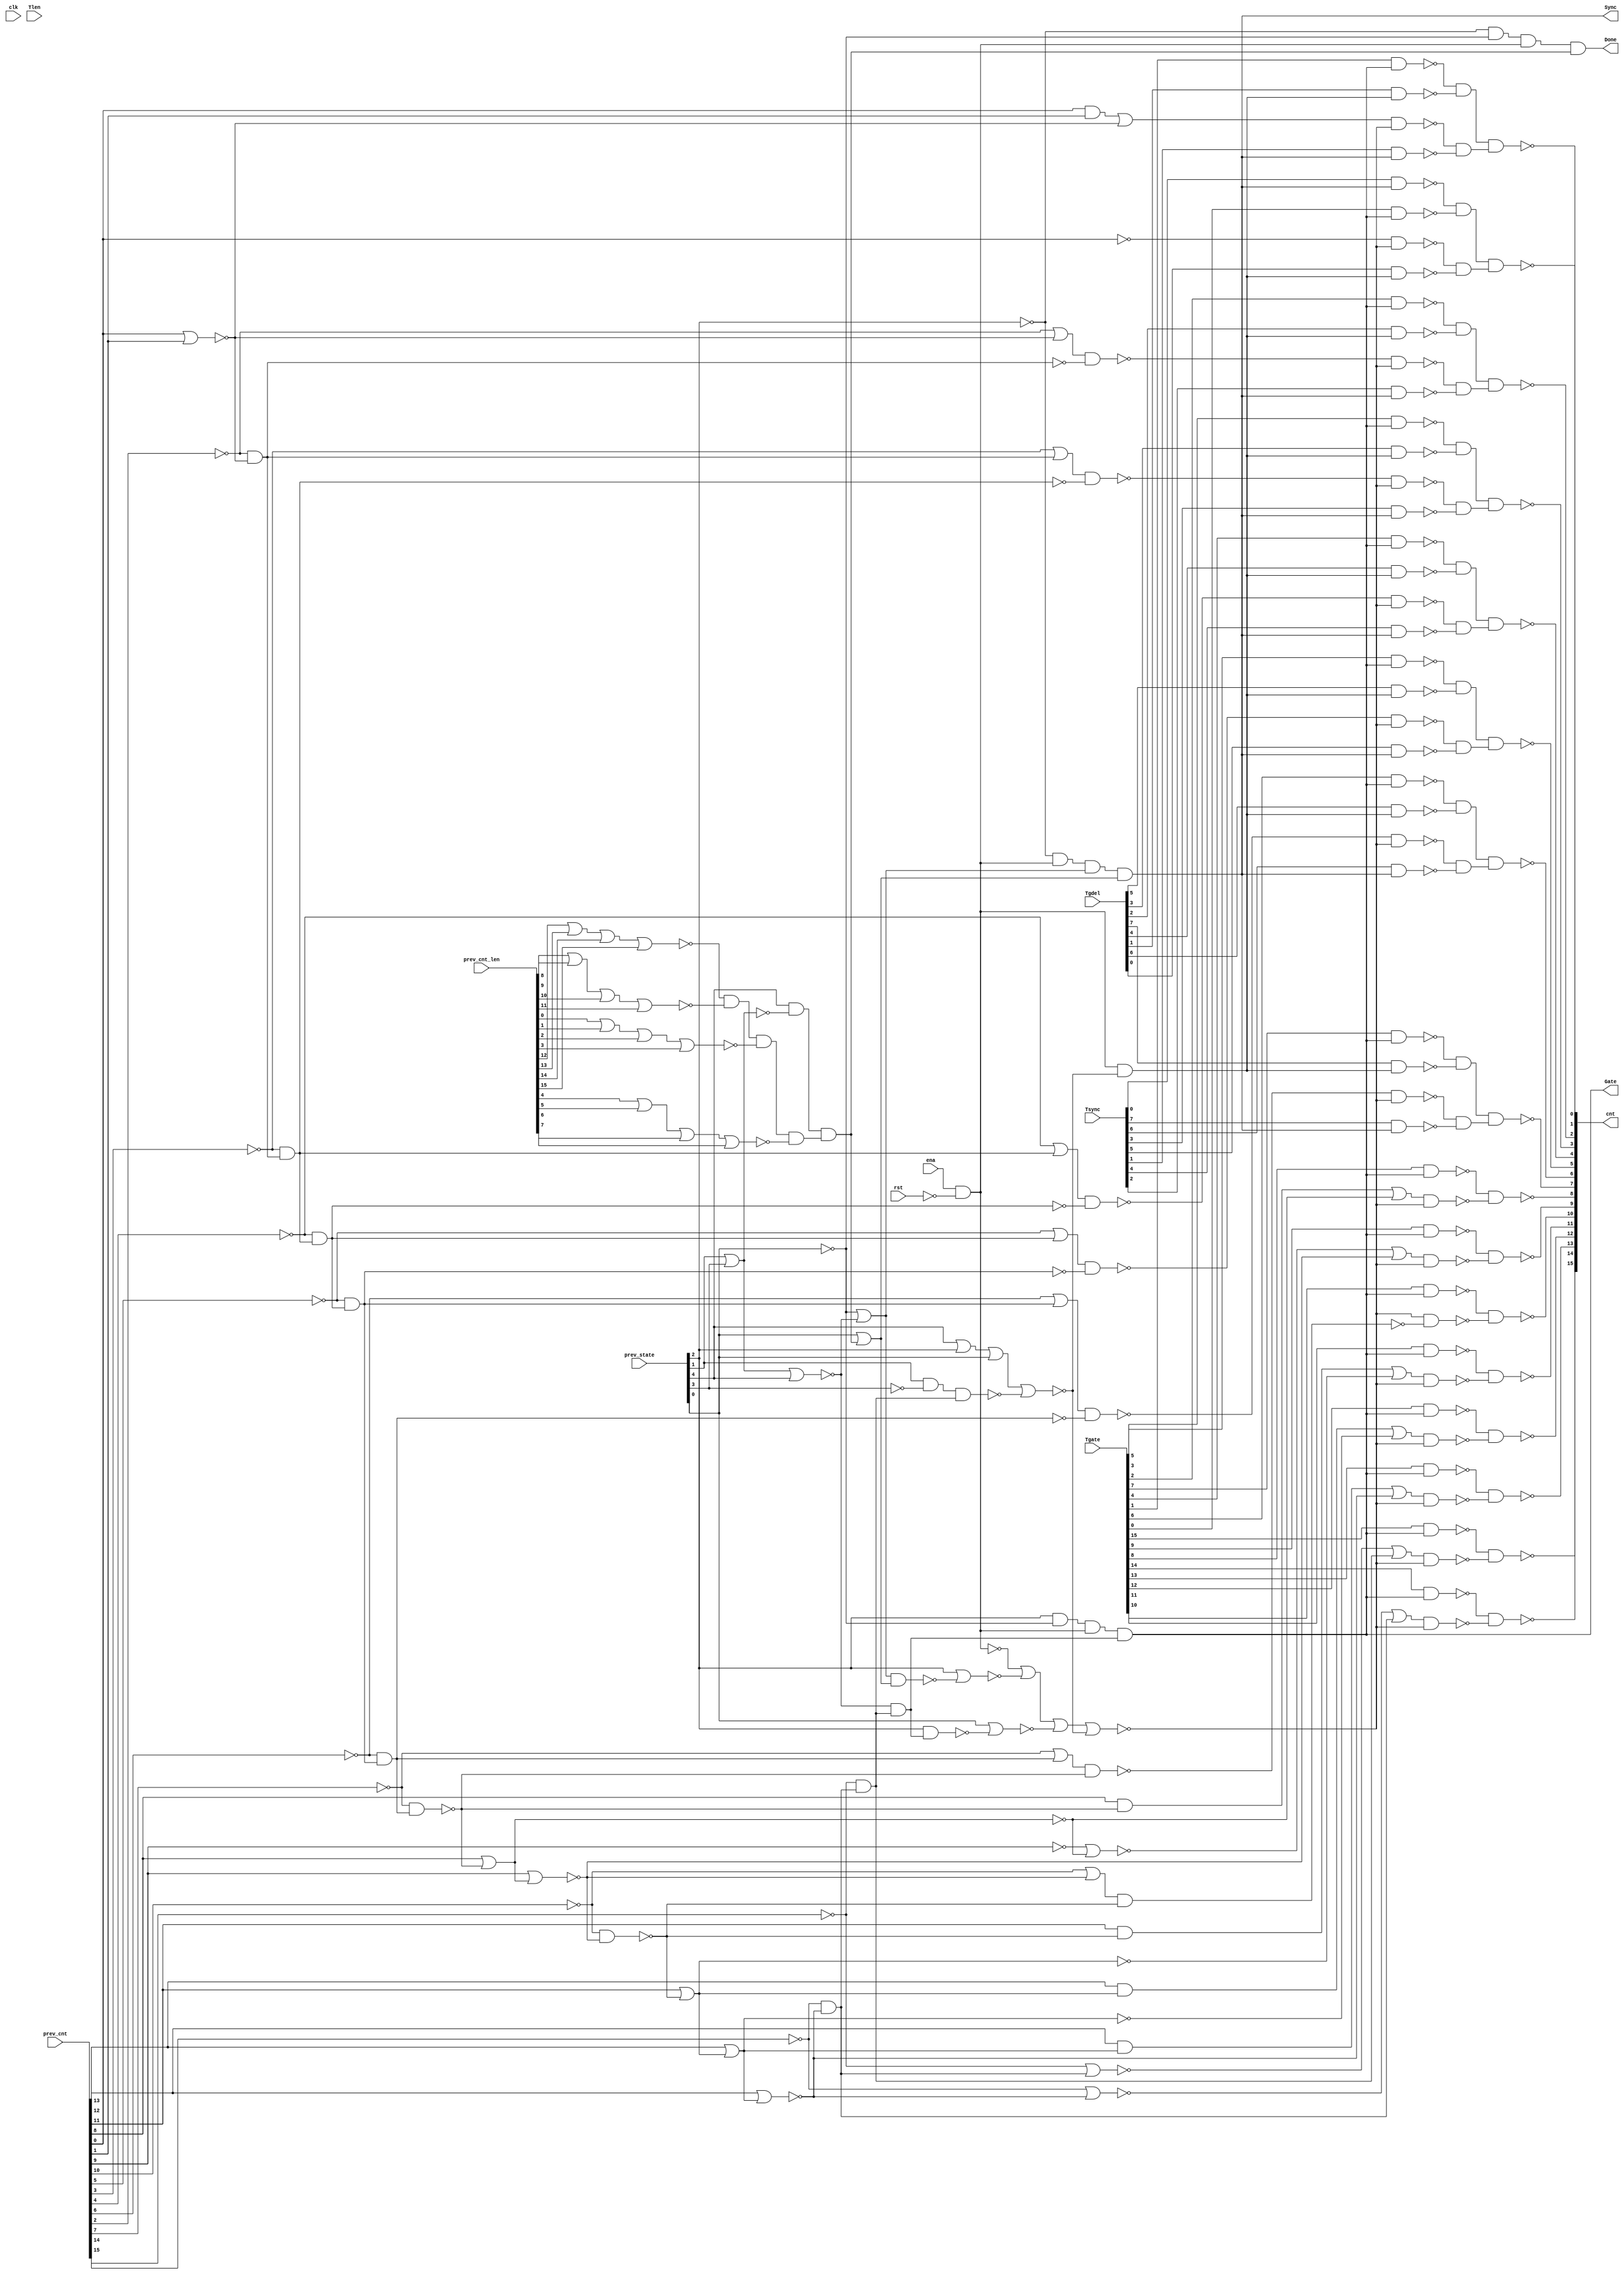

// Generated by Cadence Genus(TM) Synthesis Solution 19.20-d227_1
// Generated on: Aug  3 2021 02:37:09 PDT (Aug  3 2021 09:37:09 UTC)

// Verification Directory fv/top 

module top(clk, ena, rst, Tsync, Tgdel, Tgate, Tlen, Sync, Gate, Done,
     prev_state, prev_cnt, prev_cnt_len, cnt);
  input clk, ena, rst;
  input [7:0] Tsync, Tgdel;
  input [15:0] Tgate, Tlen, prev_cnt, prev_cnt_len;
  input [4:0] prev_state;
  output Sync, Gate, Done;
  output [15:0] cnt;
  wire clk, ena, rst;
  wire [7:0] Tsync, Tgdel;
  wire [15:0] Tgate, Tlen, prev_cnt, prev_cnt_len;
  wire [4:0] prev_state;
  wire Sync, Gate, Done;
  wire [15:0] cnt;
  wire n_0, n_1, n_2, n_3, n_4, n_5, n_6, n_7;
  wire n_8, n_9, n_10, n_11, n_12, n_13, n_14, n_15;
  wire n_16, n_17, n_18, n_19, n_20, n_21, n_22, n_23;
  wire n_24, n_25, n_26, n_27, n_28, n_29, n_30, n_31;
  wire n_32, n_33, n_34, n_35, n_36, n_37, n_38, n_39;
  wire n_40, n_41, n_42, n_43, n_44, n_45, n_46, n_47;
  wire n_48, n_49, n_50, n_51, n_54, n_55, n_56, n_57;
  wire n_58, n_59, n_60, n_61, n_62, n_63, n_64, n_65;
  wire n_66, n_67, n_68, n_69, n_70, n_71, n_72, n_73;
  wire n_74, n_75, n_76, n_77, n_78, n_79, n_80, n_81;
  wire n_82, n_83, n_84, n_85, n_86, n_87, n_88, n_89;
  wire n_90, n_91, n_92, n_93, n_94, n_95, n_96, n_98;
  wire n_99, n_100, n_101, n_102, n_103, n_104, n_105, n_106;
  wire n_107, n_108, n_109, n_110, n_111, n_112, n_113, n_114;
  wire n_115, n_116, n_117, n_118, n_119, n_120, n_121, n_122;
  wire n_123, n_124, n_125, n_126, n_444, n_445;
  nand g7196 (n_126, n_92, n_105);
  nand g7197 (n_125, n_84, n_108);
  nand g7198 (n_124, n_87, n_110);
  nand g7199 (n_123, n_86, n_103);
  nand g7200 (n_122, n_85, n_104);
  nand g7201 (n_121, n_88, n_102);
  nand g7202 (n_120, n_89, n_106);
  nand g7203 (n_119, n_83, n_101);
  nand g7204 (n_118, n_77, n_96);
  nand g7207 (n_117, n_78, n_95);
  nand g7210 (n_116, n_75, n_99);
  nand g7211 (n_115, n_74, n_445);
  nand g7205 (n_114, n_80, n_94);
  nand g7208 (n_113, n_82, n_100);
  nand g7206 (n_112, n_81, n_93);
  nand g7209 (n_111, n_76, n_98);
  wire w, w0;
  and g7216 (n_110, w, w0);
  nand g0 (w0, Tsync[7], n_109);
  nand g (w, n_45, n_107);
  wire w1, w2;
  and g7213 (n_108, w1, w2);
  nand g4 (w2, Tsync[6], n_109);
  nand g1 (w1, n_41, n_107);
  wire w3, w4;
  and g7212 (n_106, w3, w4);
  nand g6 (w4, Tsync[3], n_109);
  nand g5 (w3, n_21, n_107);
  wire w5, w6;
  and g7214 (n_105, w5, w6);
  nand g8 (w6, Tsync[5], n_109);
  nand g7 (w5, n_37, n_107);
  wire w7, w8;
  and g7218 (n_104, w7, w8);
  nand g10 (w8, Tsync[1], n_109);
  nand g9 (w7, n_14, n_107);
  wire w9, w10;
  and g7215 (n_103, w9, w10);
  nand g12 (w10, Tsync[4], n_109);
  nand g11 (w9, n_29, n_107);
  wire w11, w12;
  and g7217 (n_102, w11, w12);
  nand g14 (w12, Tsync[2], n_109);
  nand g13 (w11, n_16, n_107);
  wire w13, w14;
  and g7219 (n_101, w13, w14);
  nand g16 (w14, Tgdel[0], n_90);
  nand g15 (w13, n_0, n_107);
  wire w15;
  nand g7221 (n_100, w15, n_107);
  or g17 (w15, n_67, n_69);
  wire w16;
  nand g7231 (n_99, w16, n_107);
  or g18 (w16, n_55, n_56);
  wire w17;
  nand g7220 (n_98, w17, n_107);
  or g19 (w17, n_58, n_59);
  wire w18;
  nand g7225 (n_96, w18, n_107);
  or g20 (w18, n_61, n_64);
  wire w19;
  nand g7224 (n_95, w19, n_107);
  or g21 (w19, n_63, n_66);
  wire w20;
  nand g7223 (n_94, w20, n_107);
  or g22 (w20, n_46, n_48);
  wire w21;
  nand g7226 (n_93, w21, n_107);
  or g23 (w21, n_49, n_51);
  wire w22, w23;
  and g7230 (n_92, w22, w23);
  nand g25 (w23, Tgdel[5], n_90);
  nand g24 (w22, Tgate[5], n_91);
  wire w24, w25;
  and g7232 (n_89, w24, w25);
  nand g27 (w25, Tgdel[3], n_90);
  nand g26 (w24, Tgate[3], n_91);
  wire w26, w27;
  and g7233 (n_88, w26, w27);
  nand g29 (w27, Tgdel[2], n_90);
  nand g28 (w26, Tgate[2], n_91);
  wire w28, w29;
  and g7228 (n_87, w28, w29);
  nand g31 (w29, Tgdel[7], n_90);
  nand g30 (w28, Tgate[7], n_91);
  wire w30, w31;
  and g7227 (n_86, w30, w31);
  nand g33 (w31, Tgdel[4], n_90);
  nand g32 (w30, Tgate[4], n_91);
  wire w32, w33;
  and g7234 (n_85, w32, w33);
  nand g35 (w33, Tgdel[1], n_90);
  nand g34 (w32, Tgate[1], n_91);
  wire w34, w35;
  and g7229 (n_84, w34, w35);
  nand g37 (w35, Tgdel[6], n_90);
  nand g36 (w34, Tgate[6], n_91);
  nor g7235 (n_107, n_9, n_36, n_73, n_79);
  wire w36, w37;
  and g7236 (n_83, w36, w37);
  nand g39 (w37, Tgate[0], n_91);
  nand g38 (w36, Tsync[0], n_109);
  nand g7239 (n_82, Tgate[15], n_91);
  nand g7238 (n_81, Tgate[9], n_91);
  nand g7237 (n_80, Tgate[8], n_91);
  and g7240 (n_90, n_72, n_79);
  nand g7243 (n_78, Tgate[14], n_91);
  nand g7242 (n_77, Tgate[13], n_91);
  nand g7241 (n_76, Tgate[12], n_91);
  nand g7244 (n_75, Tgate[11], n_91);
  nand g7245 (n_74, Tgate[10], n_91);
  nor g7248 (n_73, prev_state[0], n_71);
  and g7246 (n_91, prev_state[2], n_27, n_72, n_70);
  nor g7247 (n_79, prev_state[4], prev_state[2], prev_state[0], n_68);
  nand g7249 (n_71, prev_state[2], n_70);
  and g7250 (n_70, n_15, n_69);
  nand g7251 (n_68, prev_state[1], n_1, n_69);
  nor g7252 (n_67, n_65, n_66);
  and g7253 (n_69, n_65, n_66);
  and g7255 (n_66, n_62, n_64);
  nor g7254 (n_63, n_62, n_64);
  nor g7256 (n_64, prev_cnt[13], n_60);
  and g7257 (n_61, prev_cnt[13], n_60);
  not g7258 (n_60, n_59);
  and g7260 (n_58, prev_cnt[12], n_57);
  nor g7259 (n_59, prev_cnt[12], n_57);
  not g7261 (n_57, n_56);
  nor g7262 (n_56, prev_cnt[11], n_54);
  and g7263 (n_55, prev_cnt[11], n_54);
  nand g7266 (n_54, n_50, n_51);
  nor g7269 (n_51, prev_cnt[9], n_47);
  nor g7268 (n_49, n_3, n_48);
  not g7272 (n_47, n_48);
  and g7273 (n_46, prev_cnt[8], n_44);
  wire w38;
  nand g7275 (n_45, w38, n_44);
  or g40 (w38, n_42, n_43);
  nor g7274 (n_48, prev_cnt[8], n_44);
  nand g7277 (n_44, n_42, n_43);
  wire w39;
  nand g7279 (n_41, w39, n_40);
  or g41 (w39, n_38, n_39);
  not g7280 (n_43, n_40);
  nand g7281 (n_40, n_38, n_39);
  wire w40;
  nand g7282 (n_37, w40, n_35);
  or g42 (w40, n_33, n_34);
  nor g7271 (n_36, prev_state[2], n_32);
  not g7284 (n_39, n_35);
  nand g7285 (n_35, n_33, n_34);
  and g7267 (n_109, n_26, n_72, n_30, n_31);
  nand g7276 (n_32, n_30, n_31);
  wire w41;
  nand g7286 (n_29, w41, n_25);
  or g43 (w41, n_22, n_23);
  and g7270 (n_28, n_26, n_27, n_72, n_24);
  not g7287 (n_34, n_25);
  or g7278 (n_31, prev_state[0], n_24);
  nand g7288 (n_25, n_22, n_23);
  wire w42;
  nand g7289 (n_21, w42, n_20);
  or g44 (w42, n_18, n_19);
  and g7283 (n_24, prev_state[4], n_4, n_17);
  not g7291 (n_23, n_20);
  nand g7292 (n_20, n_18, n_19);
  and g7290 (n_17, n_6, n_8, n_7, n_5);
  wire w43;
  nand g7294 (n_16, w43, n_13);
  or g45 (w43, n_10, n_11);
  or g7293 (n_30, n_27, n_15);
  not g7295 (n_14, n_12);
  not g7296 (n_19, n_13);
  wire w44;
  nor g7297 (n_12, w44, n_11);
  and g46 (w44, prev_cnt[0], prev_cnt[1]);
  nand g7299 (n_13, n_10, n_11);
  not g7304 (n_72, n_9);
  nor g7300 (n_8, prev_cnt_len[8], prev_cnt_len[9], prev_cnt_len[10],
       prev_cnt_len[11]);
  nor g7301 (n_7, prev_cnt_len[0], prev_cnt_len[1], prev_cnt_len[2],
       prev_cnt_len[3]);
  nor g7298 (n_15, prev_state[1], prev_state[3], prev_state[4]);
  nor g7302 (n_6, prev_cnt_len[12], prev_cnt_len[13], prev_cnt_len[14],
       prev_cnt_len[15]);
  nor g7303 (n_5, prev_cnt_len[4], prev_cnt_len[5], prev_cnt_len[6],
       prev_cnt_len[7]);
  nand g7305 (n_9, ena, n_2);
  nor g7307 (n_11, prev_cnt[0], prev_cnt[1]);
  nor g7306 (n_4, prev_state[1], prev_state[3]);
  not g7311 (n_3, prev_cnt[9]);
  not g7308 (n_2, rst);
  not g7316 (n_50, prev_cnt[10]);
  not g7313 (n_33, prev_cnt[5]);
  not g7318 (n_18, prev_cnt[3]);
  not g7310 (n_22, prev_cnt[4]);
  not g7314 (n_38, prev_cnt[6]);
  not g7309 (n_1, prev_state[3]);
  not g7320 (n_0, prev_cnt[0]);
  not g7321 (n_26, prev_state[2]);
  not g7312 (n_10, prev_cnt[2]);
  not g7315 (n_42, prev_cnt[7]);
  not g7319 (n_62, prev_cnt[14]);
  not g7317 (n_65, prev_cnt[15]);
  not g7322 (n_27, prev_state[0]);
  assign Gate = n_91;
  assign Sync = n_109;
  assign Done = n_28;
  assign cnt[0] = n_119;
  assign cnt[5] = n_126;
  assign cnt[3] = n_120;
  assign cnt[2] = n_121;
  assign cnt[1] = n_122;
  assign cnt[4] = n_123;
  assign cnt[7] = n_124;
  assign cnt[6] = n_125;
  assign cnt[10] = n_115;
  assign cnt[11] = n_116;
  assign cnt[8] = n_114;
  assign cnt[14] = n_117;
  assign cnt[9] = n_112;
  assign cnt[13] = n_118;
  assign cnt[12] = n_111;
  assign cnt[15] = n_113;
  nand g2 (n_445, n_107, n_444);
  wire w45;
  nand g3 (n_444, w45, n_54);
  or g47 (w45, n_50, n_51);
endmodule